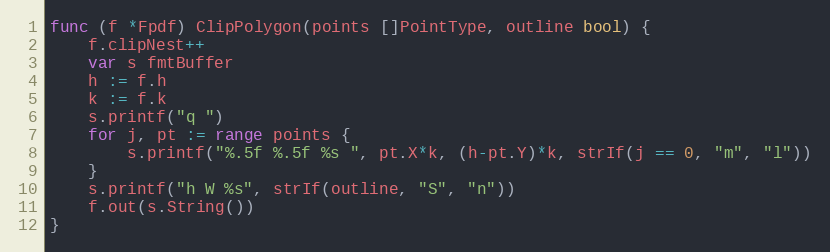
Language: Go
func (f *Fpdf) ClipPolygon(points []PointType, outline bool) {
	f.clipNest++
	var s fmtBuffer
	h := f.h
	k := f.k
	s.printf("q ")
	for j, pt := range points {
		s.printf("%.5f %.5f %s ", pt.X*k, (h-pt.Y)*k, strIf(j == 0, "m", "l"))
	}
	s.printf("h W %s", strIf(outline, "S", "n"))
	f.out(s.String())
}